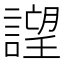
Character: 𧫢